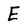
Character: E